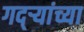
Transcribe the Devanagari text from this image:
गद्र्‍यांच्या